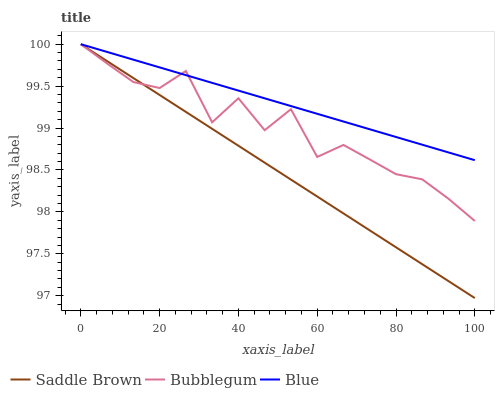
| xaxis_label | Saddle Brown | Bubblegum | Blue |
 | --- | --- | --- | --- |
 | 0 | 100 | 100 | 100 |
 | 6.67 | 99.8 | 99.8 | 99.9 |
 | 13.3 | 99.6 | 99.5 | 99.8 |
 | 20 | 99.4 | 99.5 | 99.7 |
 | 26.7 | 99.2 | 99.7 | 99.6 |
 | 33.3 | 99 | 99.1 | 99.5 |
 | 40 | 98.8 | 99.4 | 99.4 |
 | 46.7 | 98.6 | 99 | 99.4 |
 | 53.3 | 98.4 | 99.2 | 99.3 |
 | 60 | 98.2 | 98.7 | 99.2 |
 | 66.7 | 98 | 98.8 | 99.1 |
 | 73.3 | 97.8 | 98.6 | 99 |
 | 80 | 97.6 | 98.4 | 98.9 |
 | 86.7 | 97.4 | 98.4 | 98.8 |
 | 93.3 | 97.2 | 98.2 | 98.7 |
 | 100 | 97 | 97.9 | 98.6 |